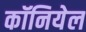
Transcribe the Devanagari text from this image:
कॉनियेल